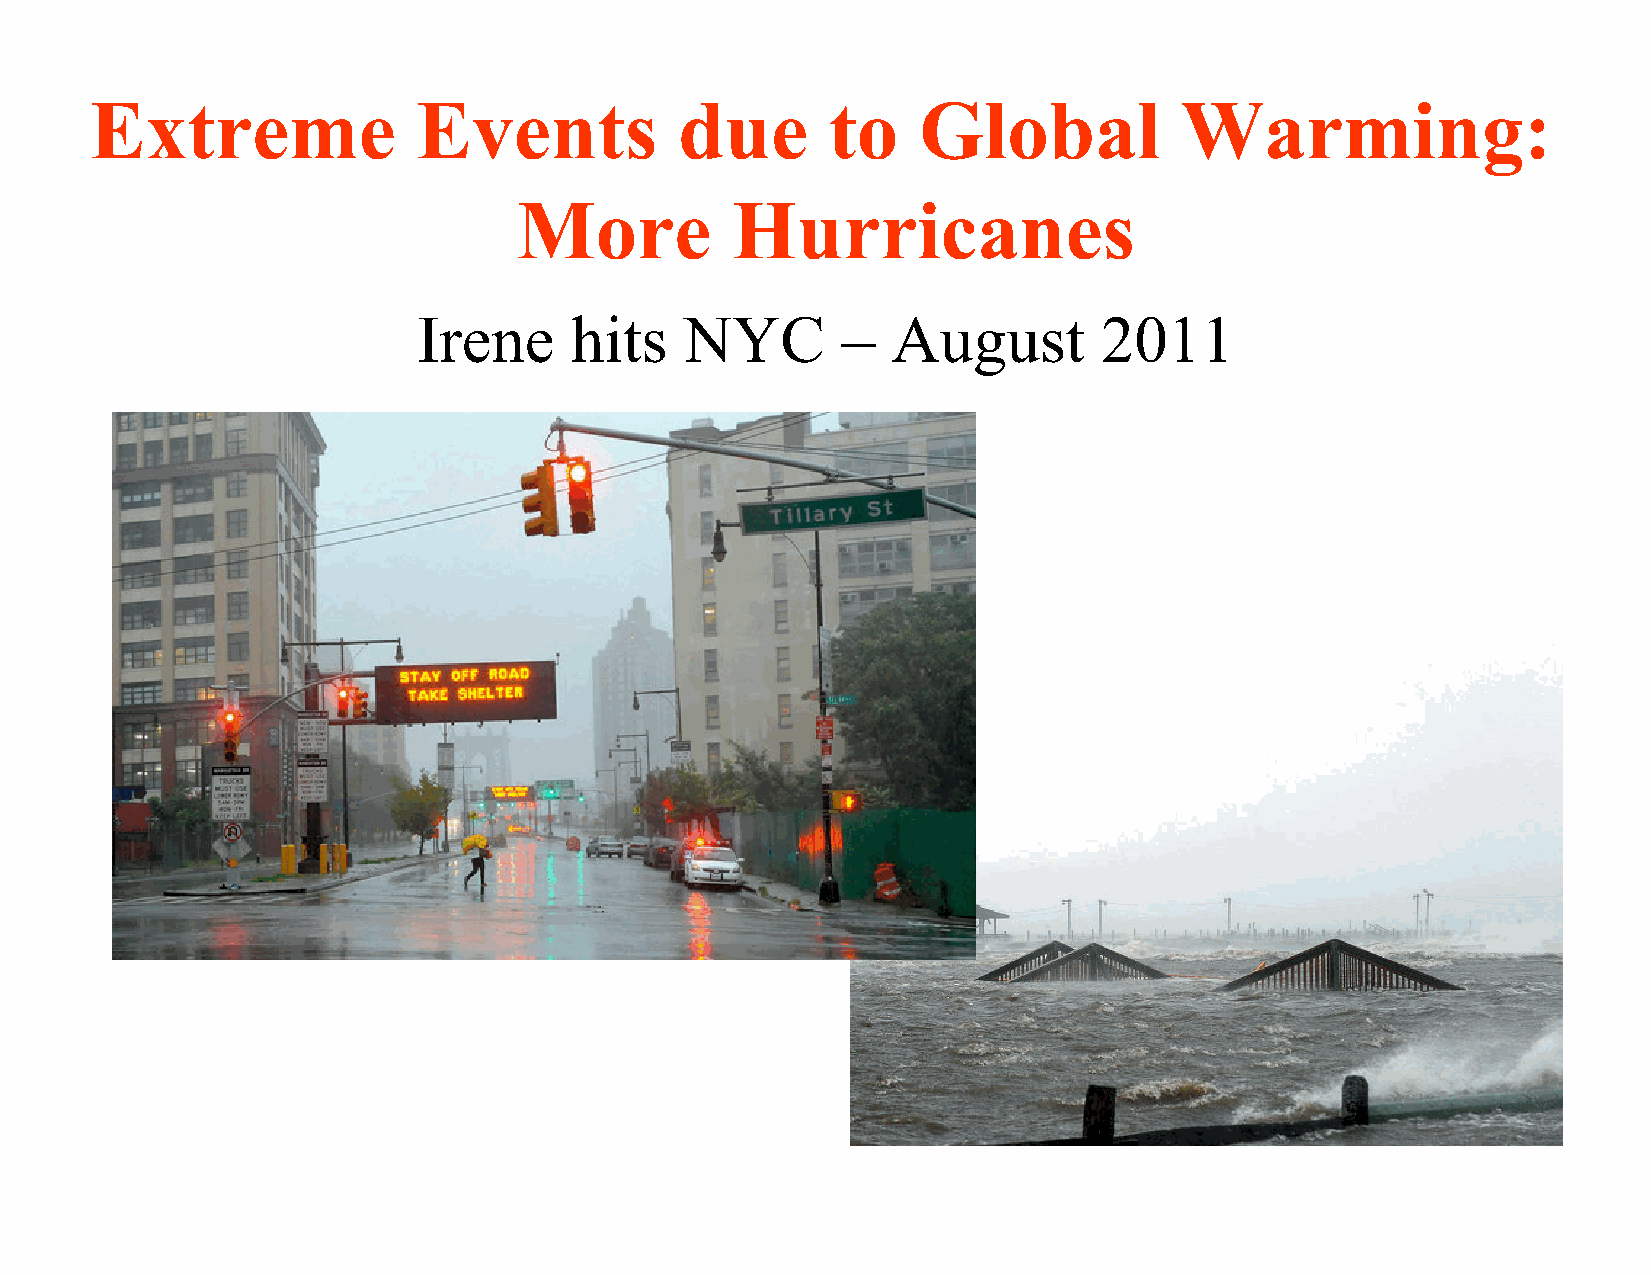
Extreme               Events           due       to    Global           Warming:
 More          Hurricanes
 Irene     hits   NYC        –  August        2011
 74